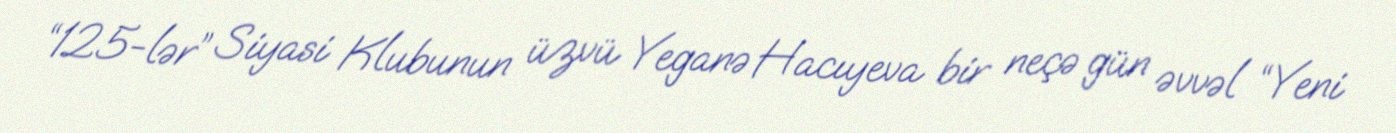
“125-lər” Siyasi Klubunun üzvü Yeganə Hacıyeva bir neçə gün əvvəl “Yeni